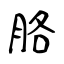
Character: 胳